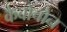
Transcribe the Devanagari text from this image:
कैबोचोन